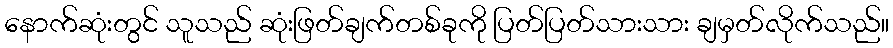
နောက်ဆုံးတွင် သူသည် ဆုံးဖြတ်ချက်တစ်ခုကို ပြတ်ပြတ်သားသား ချမှတ်လိုက်သည်။